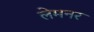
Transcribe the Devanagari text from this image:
लेमनर